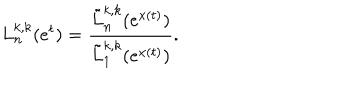
L _ { n } ^ { k , k } ( e ^ { t } ) = \frac { \tilde { L } _ { n } ^ { k , k } ( e ^ { x ( t ) } ) } { \tilde { L } _ { 1 } ^ { k , k } ( e ^ { x ( t ) } ) } .